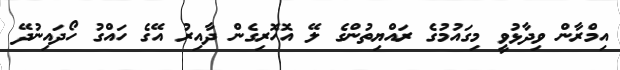
އިމްރާން ވިދާޅުވީ މިގައުމުގެ ރައްޔިތުންގެ ލޭ އޮހޮރިގެން ދާއިރު އޭގެ ހައްގު ހޯދައިނުދޭ